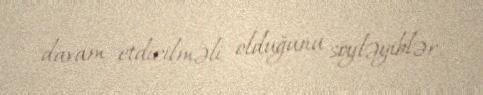
davam etdirilməli olduğunu söyləyiblər.